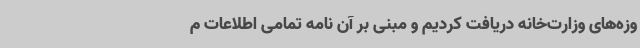
وزه‌های وزارت‌خانه دریافت کردیم و مبنی بر آن نامه تمامی اطلاعات م